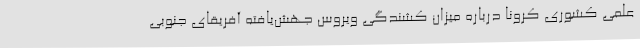
علمی کشوری کرونا درباره میزان کشندگی ویروس جهش‌یافته آفریقای جنوبی